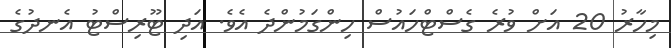
މިހާރު 20 އަށް ވުރެ ގެސްޓްހައުސް ހިންގަމުންދެ އެވެ. އަދި ޓޫރިސްޓު އެނދުގެ